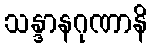
သန္ဒာနဂုဏာနိ